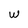
Character: w